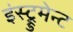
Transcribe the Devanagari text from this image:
इंस्ट्रुमेन्ट